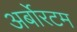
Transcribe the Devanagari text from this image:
अर्बोरटम